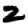
Digit: 2